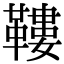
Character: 鞻